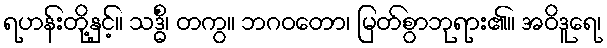
ရဟန်းတို့နှင့်။ သဒ္ဓိံ၊ တကွ။ ဘဂဝတော၊ မြတ်စွာဘုရား၏။ အဝိဒူရေ၊